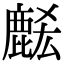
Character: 𪊭